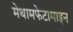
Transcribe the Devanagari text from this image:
मेथामफेटामाइन